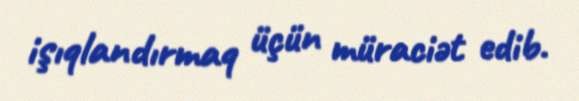
işıqlandırmaq üçün müraciət edib.